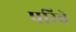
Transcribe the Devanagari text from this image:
परिबे